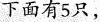
下面有5只，